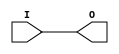
// This program was cloned from: https://github.com/Digital-EDA/Digital-IDE
// License: MIT License

module IBUF(input I, output O);
    assign O = I;
endmodule

module IOBUFE(input I, input E, output O, inout IO);
    assign O = IO;
    assign IO = E ? I : 1'bz;
endmodule

module ANDTERM(IN, IN_B, OUT);
    parameter TRUE_INP = 0;
    parameter COMP_INP = 0;

    input [TRUE_INP-1:0] IN;
    input [COMP_INP-1:0] IN_B;
    output reg OUT;

    integer i;

    always @(*) begin
        OUT = 1;
        for (i = 0; i < TRUE_INP; i=i+1)
            OUT = OUT & IN[i];
        for (i = 0; i < COMP_INP; i=i+1)
            OUT = OUT & ~IN_B[i];
    end
endmodule

module ORTERM(IN, OUT);
    parameter WIDTH = 0;

    input [WIDTH-1:0] IN;
    output reg OUT;

    integer i;

    always @(*) begin
        OUT = 0;
        for (i = 0; i < WIDTH; i=i+1) begin
            OUT = OUT | IN[i];
        end
    end
endmodule

module MACROCELL_XOR(IN_PTC, IN_ORTERM, OUT);
    parameter INVERT_OUT = 0;

    input IN_PTC;
    input IN_ORTERM;
    output wire OUT;

    wire xor_intermed;

    assign OUT = INVERT_OUT ? ~xor_intermed : xor_intermed;
    assign xor_intermed = IN_ORTERM ^ IN_PTC;
endmodule

module FDCP (C, PRE, CLR, D, Q);
    parameter INIT = 0;

    input C, PRE, CLR, D;
    output reg Q;

    initial begin
        Q <= INIT;
    end

    always @(posedge C, posedge PRE, posedge CLR) begin
        if (CLR == 1)
            Q <= 0;
        else if (PRE == 1)
            Q <= 1;
        else
            Q <= D;
    end
endmodule

module FDCP_N (C, PRE, CLR, D, Q);
    parameter INIT = 0;

    input C, PRE, CLR, D;
    output reg Q;

    initial begin
        Q <= INIT;
    end

    always @(negedge C, posedge PRE, posedge CLR) begin
        if (CLR == 1)
            Q <= 0;
        else if (PRE == 1)
            Q <= 1;
        else
            Q <= D;
    end
endmodule

module LDCP (G, PRE, CLR, D, Q);
    parameter INIT = 0;

    input G, PRE, CLR, D;
    output reg Q;

    initial begin
        Q <= INIT;
    end

    always @* begin
        if (CLR == 1)
            Q <= 0;
        else if (G == 1)
            Q <= D;
        else if (PRE == 1)
            Q <= 1;
    end
endmodule

module LDCP_N (G, PRE, CLR, D, Q);
    parameter INIT = 0;

    input G, PRE, CLR, D;
    output reg Q;

    initial begin
        Q <= INIT;
    end

    always @* begin
        if (CLR == 1)
            Q <= 0;
        else if (G == 0)
            Q <= D;
        else if (PRE == 1)
            Q <= 1;
    end
endmodule

module BUFG(I, O);
    input I;
    output O;

    assign O = I;
endmodule

module BUFGSR(I, O);
    parameter INVERT = 0;

    input I;
    output O;

    assign O = INVERT ? ~I : I;
endmodule

module BUFGTS(I, O);
    parameter INVERT = 0;

    input I;
    output O;

    assign O = INVERT ? ~I : I;
endmodule

module FDDCP (C, PRE, CLR, D, Q);
    parameter INIT = 0;

    input C, PRE, CLR, D;
    output reg Q;

    initial begin
        Q <= INIT;
    end

    always @(posedge C, negedge C, posedge PRE, posedge CLR) begin
        if (CLR == 1)
            Q <= 0;
        else if (PRE == 1)
            Q <= 1;
        else
            Q <= D;
    end
endmodule

module FTCP (C, PRE, CLR, T, Q);
    parameter INIT = 0;

    input C, PRE, CLR, T;
    output wire Q;
    reg Q_;

    initial begin
        Q_ <= INIT;
    end

    always @(posedge C, posedge PRE, posedge CLR) begin
        if (CLR == 1)
            Q_ <= 0;
        else if (PRE == 1)
            Q_ <= 1;
        else if (T == 1)
            Q_ <= ~Q_;
    end

    assign Q = Q_;
endmodule

module FTCP_N (C, PRE, CLR, T, Q);
    parameter INIT = 0;

    input C, PRE, CLR, T;
    output wire Q;
    reg Q_;

    initial begin
        Q_ <= INIT;
    end

    always @(negedge C, posedge PRE, posedge CLR) begin
        if (CLR == 1)
            Q_ <= 0;
        else if (PRE == 1)
            Q_ <= 1;
        else if (T == 1)
            Q_ <= ~Q_;
    end

    assign Q = Q_;
endmodule

module FTDCP (C, PRE, CLR, T, Q);
    parameter INIT = 0;

    input C, PRE, CLR, T;
    output wire Q;
    reg Q_;

    initial begin
        Q_ <= INIT;
    end

    always @(posedge C, negedge C, posedge PRE, posedge CLR) begin
        if (CLR == 1)
            Q_ <= 0;
        else if (PRE == 1)
            Q_ <= 1;
        else if (T == 1)
            Q_ <= ~Q_;
    end

    assign Q = Q_;
endmodule

module FDCPE (C, PRE, CLR, D, Q, CE);
    parameter INIT = 0;

    input C, PRE, CLR, D, CE;
    output reg Q;

    initial begin
        Q <= INIT;
    end

    always @(posedge C, posedge PRE, posedge CLR) begin
        if (CLR == 1)
            Q <= 0;
        else if (PRE == 1)
            Q <= 1;
        else if (CE == 1)
            Q <= D;
    end
endmodule

module FDCPE_N (C, PRE, CLR, D, Q, CE);
    parameter INIT = 0;

    input C, PRE, CLR, D, CE;
    output reg Q;

    initial begin
        Q <= INIT;
    end

    always @(negedge C, posedge PRE, posedge CLR) begin
        if (CLR == 1)
            Q <= 0;
        else if (PRE == 1)
            Q <= 1;
        else if (CE == 1)
            Q <= D;
    end
endmodule

module FDDCPE (C, PRE, CLR, D, Q, CE);
    parameter INIT = 0;

    input C, PRE, CLR, D, CE;
    output reg Q;

    initial begin
        Q <= INIT;
    end

    always @(posedge C, negedge C, posedge PRE, posedge CLR) begin
        if (CLR == 1)
            Q <= 0;
        else if (PRE == 1)
            Q <= 1;
        else if (CE == 1)
            Q <= D;
    end
endmodule